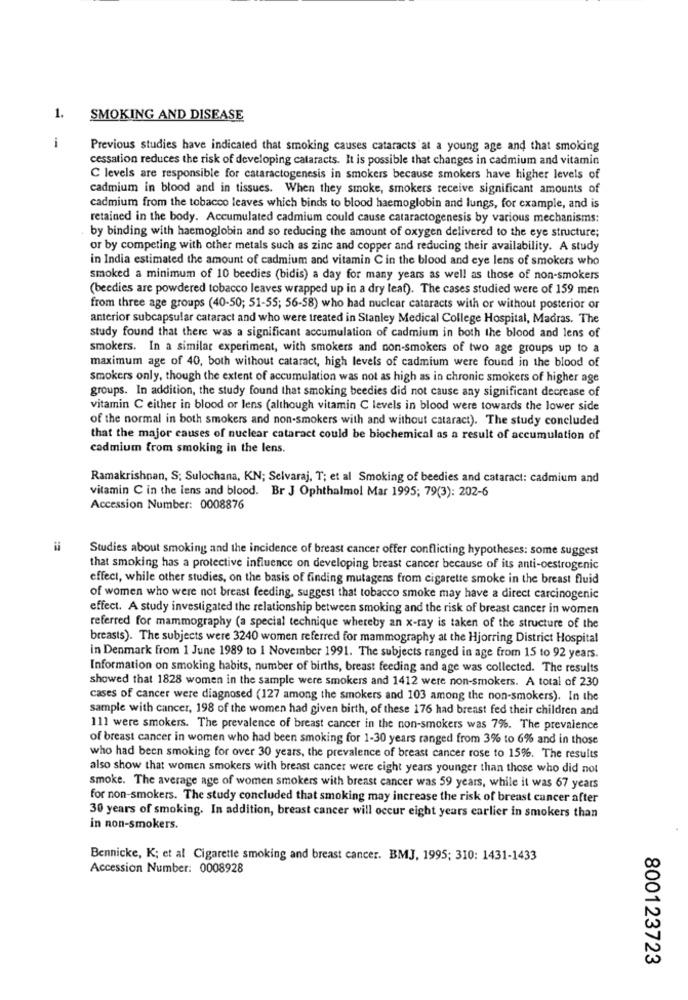
1.
SMOKING AND DISEASE
Previous studies have indicated that smoking causes cataracts at a young age and that smoking
cessation reduces the risk of developing cataracts. It is possible that changes in cadmium and vitamin
C levels are responsible for cataractogenesis in smokers because smokers have higher levels of
cadmium in blood and in tissues. When they smoke, smokers receive significant amounts of
cadmium from the tobacco leaves which binds to blood haemoglobin and lungs, for example, and is
retained in the body. Accumulated cadmium could cause cataractogenesis by various mechanisms:
by binding with haemoglobin and so reducing the amount of oxygen delivered to the eye structure;
or by competing with other metals such as zinc and copper and reducing their availability. A study
in India estimated the amount of cadmium and vitamin C in the blood and eye lens of smokers who
smoked a minimum of 10 beedies (bidis) a day for many years as well as those of non-smokers
(beedies are powdered tobacco leaves wrapped up in a dry leat). The cases studied were of 159 men
from three age groups (40-50; 51-55; 56-58) who had nuclear cataracts with or without posterior or
anterior subcapsular cataract and who were treated in Stanley Medical College Hospital, Madras. The
study found that there was a significant accumulation of cadmium in both the blood and lens of
smokers. In a similar experiment, with smokers and non-smokers of two age groups up to a
maximum age of 40, both without cataract, high levels of cadmium were found in the blood of
smokers only, though the extent of accumulation was not as high as in chronic smokers of higher age
groups. In addition, the study found that smoking beedies did not cause any significant decrease of
vitamin C either in blood or lens (although vitamin C levels in blood were towards the lower side
of the normal in both smokers and non-smokers with and without cataract). The study concluded
that the major causes of nuclear cataract could be biochemical as a result of accumulation of
cadmium from smoking in the lens.
Ramakrishnan, S; Sulochana, KN; Selvaraj, T; et al Smoking of beedies and cataract: cadmium and
vitamin C in the lens and blood. Br J Ophthalmol Mar 1995; 79(3): 202-6
Accession Number: 0008876
Studies about smoking and the incidence of breast cancer offer conflicting hypotheses: some suggest
that smoking has a protective influence on developing breast cancer because of its anti-oestrogenic
effect, while other studies, on the basis of finding mutagens from cigarette smoke in the breast fluid
of women who were not breast feeding, suggest that tobacco smoke may have a direct carcinogenic
effect. A study investigated the relationship between smoking and the risk of breast cancer in women
referred for mammography (a special technique whereby an x-ray is taken of the structure of the
breasts). The subjects were 3240 women referred for mammography at the Hjorring District Hospital
in Denmark from 1 June 1989 to 1 November 1991. The subjects ranged in age from 15 to 92 years.
Information on smoking habits, number of births, breast feeding and age was collected. The results
showed that 1828 women in the sample were smokers and 1412 were non-smokers. A total of 230
cases of cancer were diagnosed (127 among the smokers and 103 among the non-smokers). In the
sample with cancer, 198 of the women had given birth, of these 176 had breast fed their children and
111 were smokers. The prevalence of breast cancer in the non-smokers was 7%. The prevalence
of breast cancer in women who had been smoking for 1-30 years ranged from 3% to 6% and in those
who had been smoking for over 30 years, the prevalence of breast cancer rose to 15%. The results
also show that women smokers with breast cancer were eight years younger than those who did not
smoke. The average age of women smokers with breast cancer was 59 years, while it was 67 years
for non-smokers. The study concluded that smoking may increase the risk of breast cancer after
30 years of smoking. In addition, breast cancer will occur eight years earlier in smokers than
in non-smokers.
Bennicke, K; et al Cigarette smoking and breast cancer. BMJ, 1995; 310: 1431-1433
Accession Number: 0008928
800123723